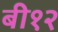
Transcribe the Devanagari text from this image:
बी१२